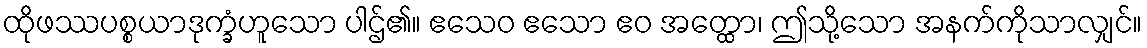
ထိုဖဿပစ္စယာဒုက္ခံဟူသော ပါဌ်၏။ ဧသေဝ ဧသော ဧဝ အတ္ထော၊ ဤသို့သော အနက်ကိုသာလျှင်။